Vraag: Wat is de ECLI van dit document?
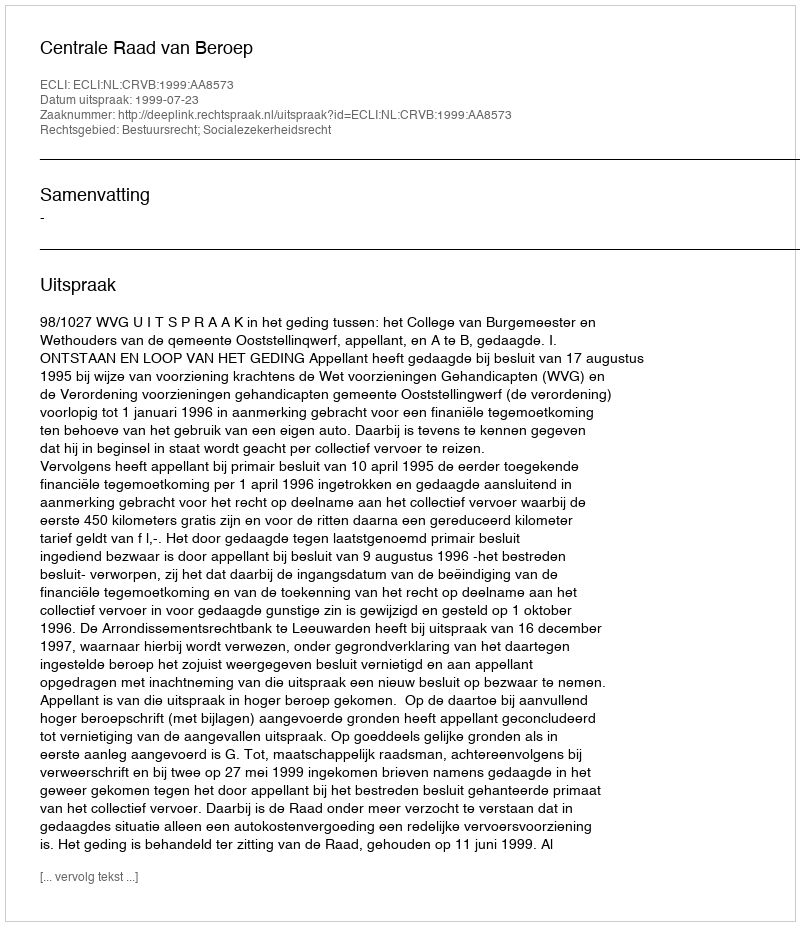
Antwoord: ECLI:NL:CRVB:1999:AA8573